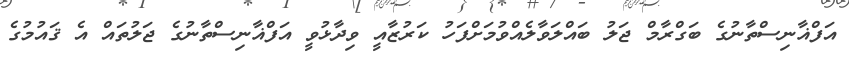
އަފްޣާނިސްތާނުގެ ބަގްރާމް ޖަލު ބައްލަވާލެއްވުމަށްފަހު ކަރުޒާއީ ވިދާޅުވީ އަފްޣާނިސްތާނުގެ ޖަލުތައް އެ ޤައުމުގެ